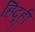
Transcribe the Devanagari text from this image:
हिंदूही